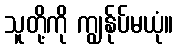
သူတို့ကို ကျွန်ုပ်မယုံ။